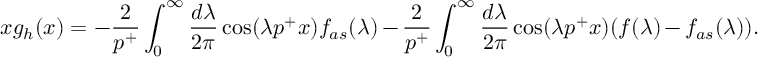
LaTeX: x g _ { h } ( x ) = - \frac { 2 } { p ^ { + } } \int _ { 0 } ^ { \infty } \frac { d \lambda } { 2 \pi } \cos ( \lambda p ^ { + } x ) f _ { a s } ( \lambda ) - \frac { 2 } { p ^ { + } } \int _ { 0 } ^ { \infty } \frac { d \lambda } { 2 \pi } \cos ( \lambda p ^ { + } x ) ( f ( \lambda ) - f _ { a s } ( \lambda ) ) .